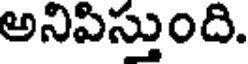
అనిపిస్తుంది.